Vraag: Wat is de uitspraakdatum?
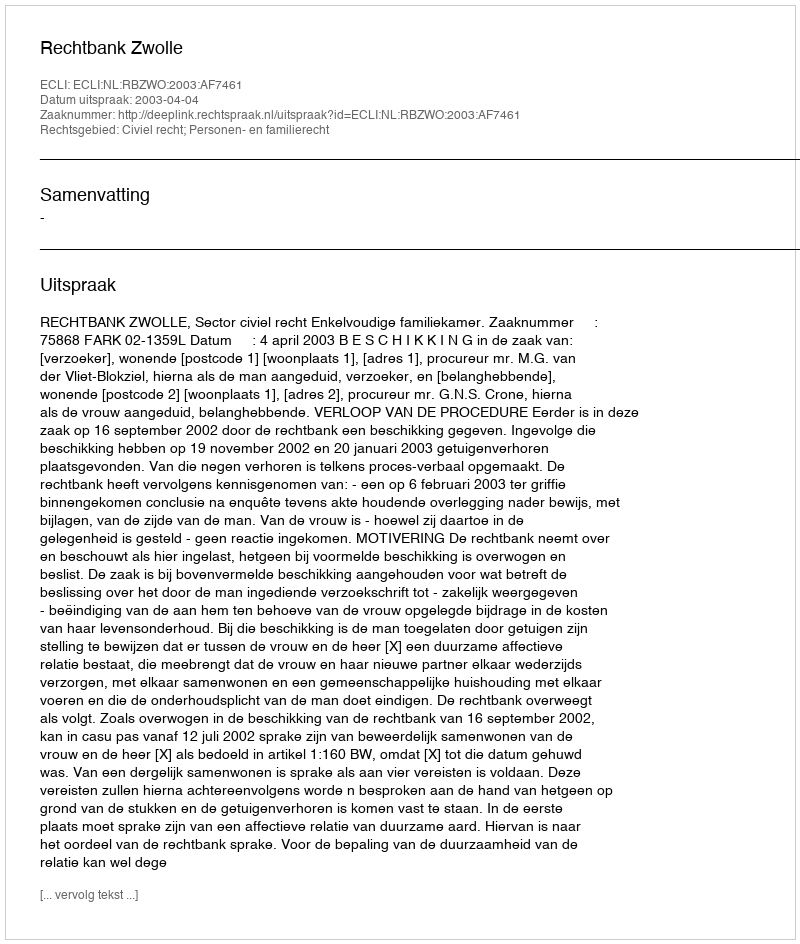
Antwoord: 2003-04-04